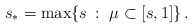
\begin{align*}s_* = \max\{s\,:\, \,\mu \subset[s,1]\}\,.\end{align*}